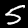
Digit: 5